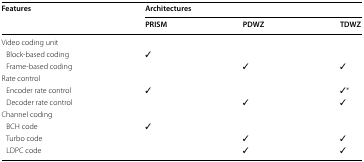
<table><thead><tr><td rowspan="2"><b>Features</b></td><td colspan="3"><b>Architectures</b></td></tr><tr><td><b>PRISM</b></td><td><b>PDWZ</b></td><td><b>TDWZ</b></td></tr></thead><tbody><tr><td colspan="4">Video coding unit</td></tr><tr><td> Block-based coding</td><td>✓</td><td></td><td></td></tr><tr><td> Frame-based coding</td><td></td><td>✓</td><td>✓</td></tr><tr><td colspan="4">Rate control</td></tr><tr><td> Encoder rate control</td><td>✓</td><td></td><td>✓*</td></tr><tr><td> Decoder rate control</td><td></td><td>✓</td><td>✓</td></tr><tr><td colspan="4">Channel coding</td></tr><tr><td> BCH code</td><td>✓</td><td></td><td></td></tr><tr><td> Turbo code</td><td></td><td>✓</td><td>✓</td></tr><tr><td> LDPC code</td><td></td><td>✓</td><td>✓</td></tr></tbody></table>